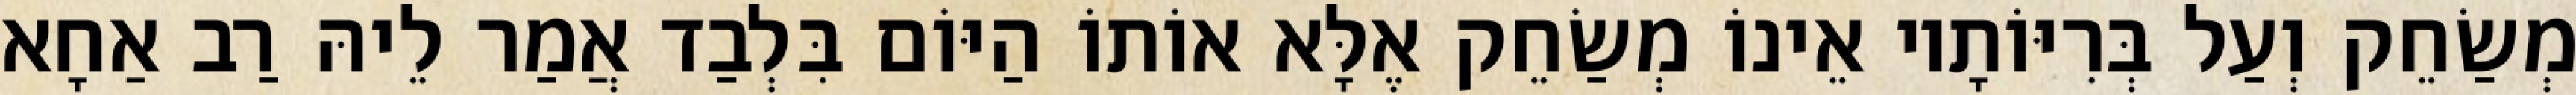
מְשַׂחֵק וְעַל בְּרִיּוֹתָיו אֵינוֹ מְשַׂחֵק אֶלָּא אוֹתוֹ הַיּוֹם בִּלְבַד אֲמַר לֵיהּ רַב אַחָא